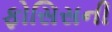
ફોસિસની